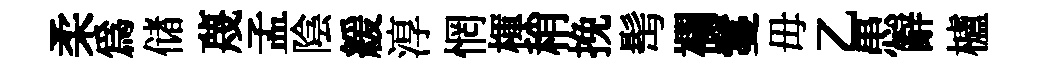
柔爲储蔑孟陰緩淳惘楎稍挽髩襴鬘毋乙患辭櫨